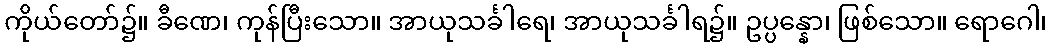
ကိုယ်တော်၌။ ခီဏေ၊ ကုန်ပြီးသော။ အာယုသင်္ခါရေ၊ အာယုသင်္ခါရ၌။ ဥပ္ပန္နော၊ ဖြစ်သော။ ရောဂေါ၊